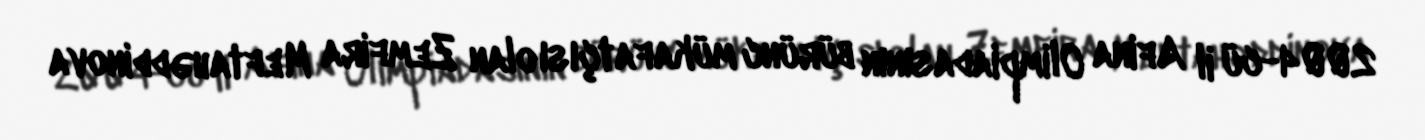
2004-cü il Afina Olimpiadasının bürünc mükafatçısı olan Zemfira Meftahəddinova